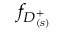
f _ { D _ { ( s ) } ^ { + } }